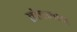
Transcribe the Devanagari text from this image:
तोंडमान